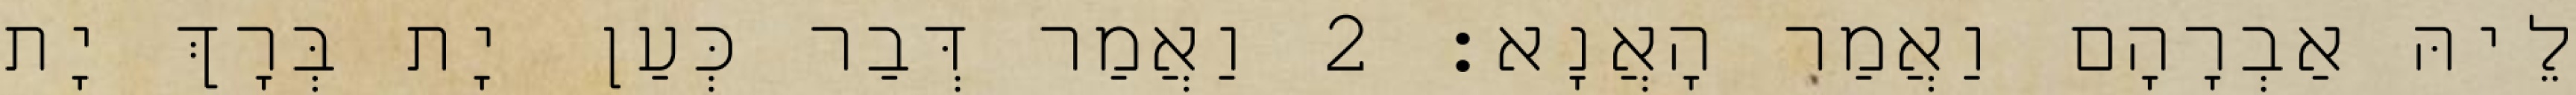
לֵיהּ אַבְרָהָם וַאֲמַר הָאֲנָא׃ 2 וַאֲמַר דְּבַר כְּעַן יָת בְּרָךְ יָת